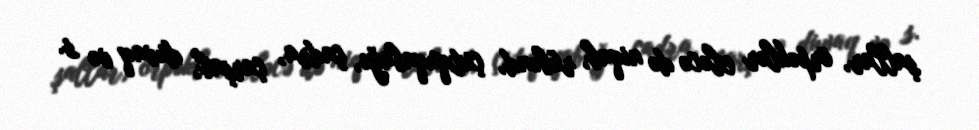
şallar, örpəklər eləcə də niqab, rübənd, çutquqabağı, çadra, çarşab, duvaq və s.